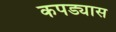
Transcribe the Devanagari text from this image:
कपड्यास